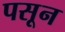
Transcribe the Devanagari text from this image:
पसून